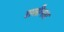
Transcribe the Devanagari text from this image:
शलीनता